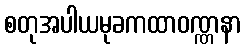
စတုအပါယမုခကထာဝဏ္ဏနာ